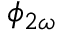
\phi _ { 2 \omega }